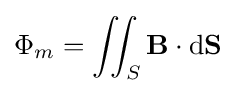
\Phi _{m}=\iint _{S}\mathbf {B} \cdot \mathrm {d} \mathbf {S}